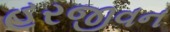
હરજીવન